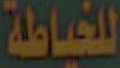
للخياطة